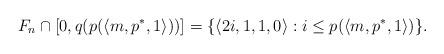
LaTeX: \begin{align*}F_n \cap [0, q(p(\langle m, p^*, 1 \rangle))] = \{ \langle 2i,1,1,0 \rangle : i \leq p(\langle m, p^*, 1 \rangle) \}.\end{align*}